Report of the Indian Hemp Drugs Commission, 1894-1895 - Volume III
Year: 1894
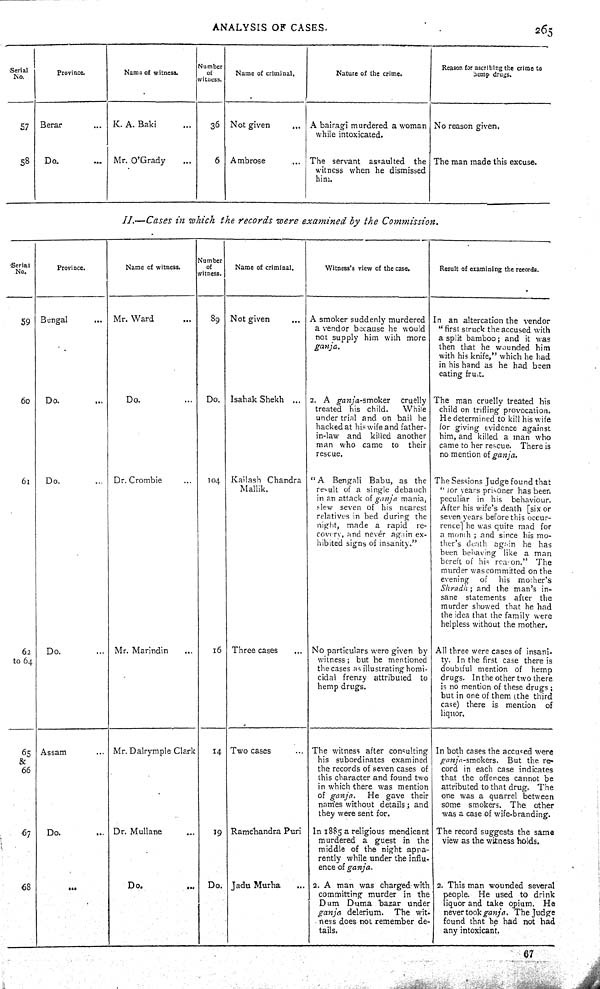
ANALYSIS OF CASES.
265
Serial
No.
Province.
Name of witness.
Number
of
witness.
Name of criminal.
Nature of the crime.
Reason for ascribing the crime to
hemp drugs.
57 Berar
K. A. Baki
36 Not given
A bairagi murdered a woman
while intoxicated.
No reason given.
58
Do.
Mr. O'Grady
6 Ambrose
The servant assaulted the
witness when he dismissed
him.
The man made this excuse.
II.—Cases in which the records were examined by the Commission.
Serial
No.
Province.
Name of witness.
Number
of
witness.
Name of criminal.
Witness's view of the case.
Result of examining the records.
59 Bengal
Mr. Ward
89 Not given
A smoker suddenly murdered
a vendor because he would
not supply him with more
ganja.
In an altercation the vendor
"first struck the accused with
a split bamboo; and it was
then that he wounded him
with his knife," which he had
in his hand as he had been
eating fruit.
60
Do.
Do.
Do. Isahak Shekh
2. A ganja-smoker
cruelly
treated his child.
While
under trial and on bail he
hacked at his wife and father-
in-law and killed another
man who came to their
rescue.
The man cruelly treated his
child on trifling provocation.
He determined to kill his wife
for giving evidence against
him, and killed a man who
came to her rescue. There is
no mention of ganja.
61
Do.
Dr. Crombie
104 Kailash Chandra
Mallik.
"A Bengali Babu, as the
result of a single debauch
in an attack of ganja mania,
slew seven of his nearest
relatives in bed during the
night, made a rapid re-
covery, and never again ex-
hibited signs of insanity."
The Sessions Judge found that
"for years prisoner has been
peculiar in his behaviour.
After his wife's death [six or
seven years before this occur-
rence] he was quite mad for
a month; and since his mo-
ther's denth again he has
been behaving like a man
bereft of his reason." The
murder was committed on the
evening of his mother's
Shradh; and the man's in-
sane statements after the
murder showed that he had
the idea that the family were
helpless without the mother.
62
to 64
Do.
Mr. Marindin
16 Three cases
No particulars were given by
witness; but he mentioned
the cases as illustrating homi-
cidal frenzy attributed to
hemp drugs.
All three were cases of insani-
ty. In the first case there is
doubtful mention of hemp
drugs. In the other two there
is no mention of these drugs;
but in one of them (the third
case) there is mention of
liquor.
65
&
66
Assam
Mr. Dalrymple Clark
14 Two cases
The witness after consulting
his subordinates examined
the records of seven cases of
this character and found two
in which there was mention
of ganja.
He gave their
names without details; and
they were sent for.
In both cases the accused were
ganja-smokers.
But the re-
cord in each case indicates
that the offences cannot be
attributed to that drug. The
one was a quarrel between
some smokers. The other
was a case of wife-branding.
67 Do.
Dr. Mullane
19 Ramchandra Puri In 1885 a religious mendicant
murdered a guest in the
middle of the night appa-
rently while under the influ-
ence of ganja.
The record suggests the same
view as the witness holds.
68
Do.
Do.
Jadu Murha
2. A man was charged with
committing murder in the
Dum Duma bazar under
ganja delerium. The wit-
ness does not remember de-
tails.
2. This man wounded several
people. He used to drink
liquor and take opium. He
never took ganja. The Judge
found that he had not had
any intoxicant.
67